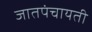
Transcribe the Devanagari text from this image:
जातपंचायती